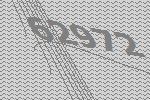
62972